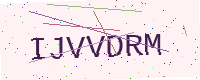
Text: IJVVDRM